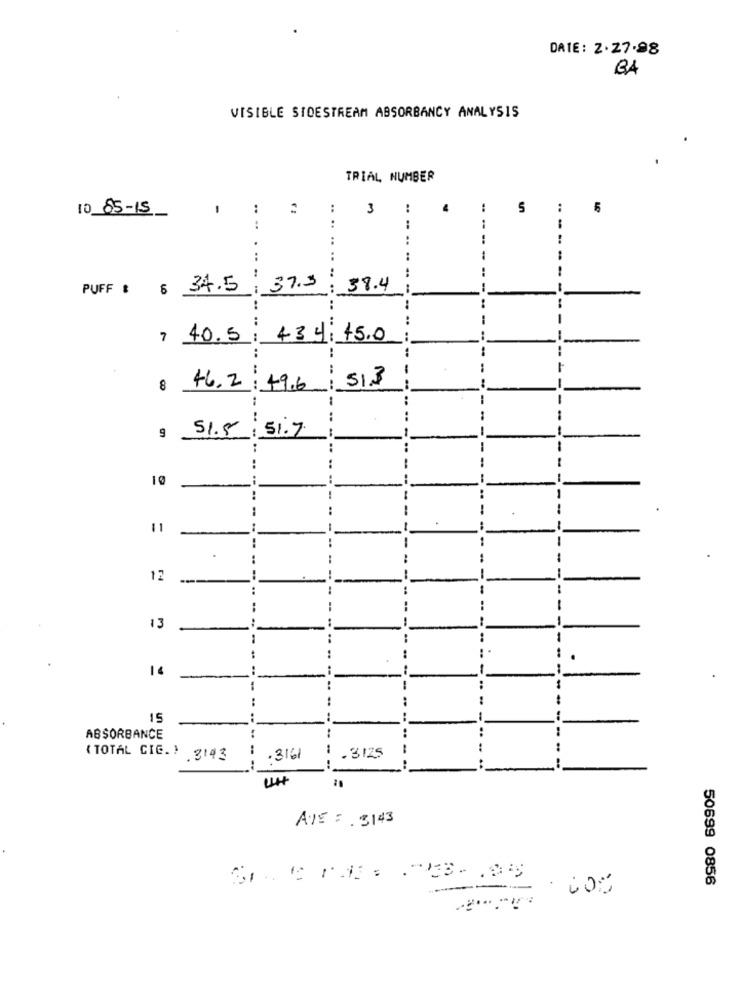
DATE: 2.27.98
BA
VISIBLE SIDESTREAM ABSORBANCY ANALYSIS
TRIAL NUMBER
10 85-15
:
:
3
..
4
-.
5
:
5
:
:
--
-
:
-.
!
:
-
PUFF : 6 34.5 : 37.3
........
38.4
--
-
.----
---
..
-
7 40.5 : 434: 45.0
-
51,3
46.2 : 49.6
---
-
51.5 51.7
--
9
10
!
1
..
11
12
-
..
13
1
-
..
..
:
..
15
ABSORBANCE
..
( TOTAL CIE. ) 3143
.3161
.3125
AVE : 3143
50699 0856
-